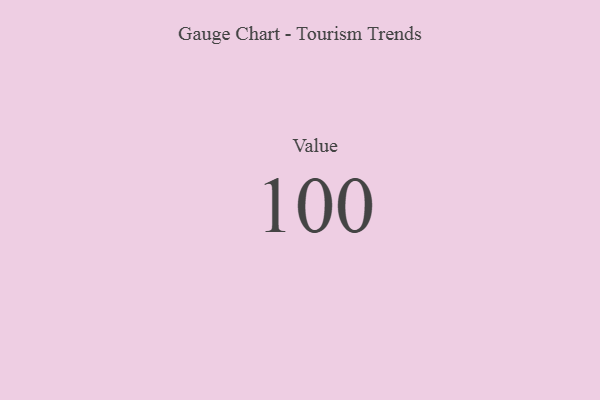
{"axis": {"x": "Metric", "y": "Value"}, "legend": [""], "data": [{"x": "Value", "y": 100, "type": ""}]}